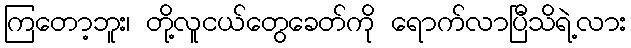
ကြတော့ဘူး၊ တို့လူငယ်တွေခေတ်ကို ရောက်လာပြီသိရဲ့လား